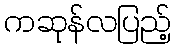
ကဆုန်လပြည့်